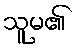
သူမ၏